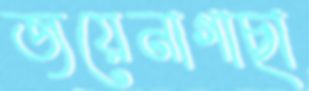
জয়েনাগাছা